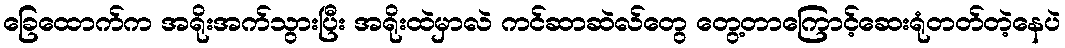
ခြေထောက်က အရိုးအက်သွားပြီး အရိုးထဲမှာလဲ ကင်ဆာဆဲလ်တွေ တွေ့တာကြောင့်ဆေးရုံတတ်တဲ့နေပဲ